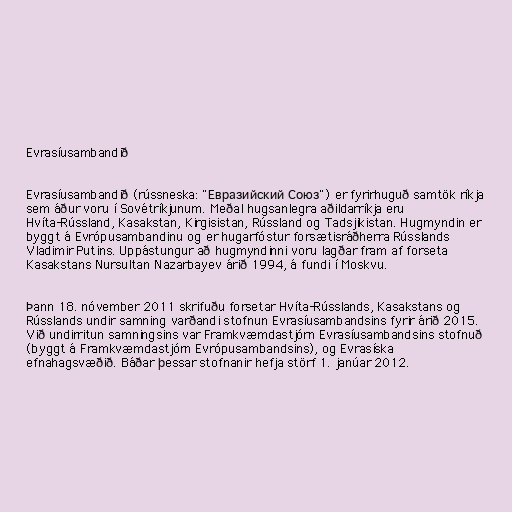
Evrasíusambandið

Evrasíusambandið (rússneska: "Евразийский Союз") er fyrirhuguð samtök ríkja
sem áður voru í Sovétríkjunum. Meðal hugsanlegra aðildarríkja eru
Hvíta-Rússland, Kasakstan, Kirgisistan, Rússland og Tadsjikistan. Hugmyndin er
byggt á Evrópusambandinu og er hugarfóstur forsætisráðherra Rússlands
Vladimir Putins. Uppástungur að hugmyndinni voru lagðar fram af forseta
Kasakstans Nursultan Nazarbayev árið 1994, á fundi í Moskvu.

Þann 18. nóvember 2011 skrifuðu forsetar Hvíta-Rússlands, Kasakstans og
Rússlands undir samning varðandi stofnun Evrasíusambandsins fyrir árið 2015.
Við undirritun samningsins var Framkvæmdastjórn Evrasíusambandsins stofnuð
(byggt á Framkvæmdastjórn Evrópusambandsins), og Evrasíska
efnahagsvæðið. Báðar þessar stofnanir hefja störf 1. janúar 2012.